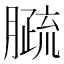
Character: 𦠦